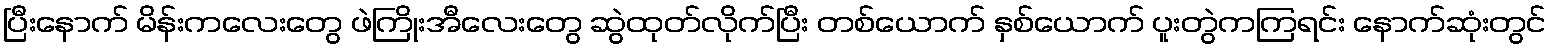
ပြီးနောက် မိန်းကလေးတွေ ဖဲကြိုးအီလေးတွေ ဆွဲထုတ်လိုက်ပြီး တစ်ယောက် နှစ်ယောက် ပူးတွဲကကြရင်း နောက်ဆုံးတွင်